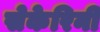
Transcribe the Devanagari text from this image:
सेकेरिनी